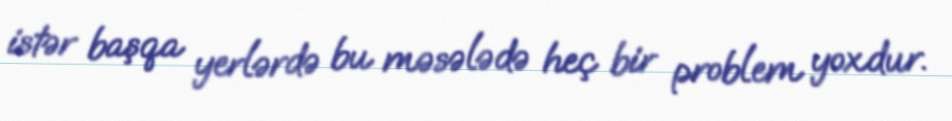
istər başqa yerlərdə bu məsələdə heç bir problem yoxdur.